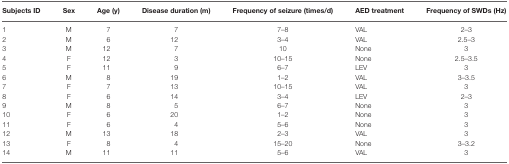
<table><thead><tr><td><b>Subjects ID</b></td><td><b>Sex</b></td><td><b>Age (y)</b></td><td><b>Disease duration (m)</b></td><td><b>Frequency of seizure (times/d)</b></td><td><b>AED treatment</b></td><td><b>Frequency of SWDs (Hz)</b></td></tr></thead><tbody><tr><td>1</td><td>M</td><td>7</td><td>7</td><td>7–8</td><td>VAL</td><td>2–3</td></tr><tr><td>2</td><td>M</td><td>6</td><td>12</td><td>3–4</td><td>VAL</td><td>2.5–3</td></tr><tr><td>3</td><td>M</td><td>12</td><td>7</td><td>10</td><td>None</td><td>3</td></tr><tr><td>4</td><td>F</td><td>12</td><td>3</td><td>10–15</td><td>None</td><td>2.5–3.5</td></tr><tr><td>5</td><td>F</td><td>11</td><td>9</td><td>6–7</td><td>LEV</td><td>3</td></tr><tr><td>6</td><td>M</td><td>8</td><td>19</td><td>1–2</td><td>VAL</td><td>3–3.5</td></tr><tr><td>7</td><td>F</td><td>7</td><td>13</td><td>10–15</td><td>VAL</td><td>3</td></tr><tr><td>8</td><td>F</td><td>6</td><td>14</td><td>3–4</td><td>LEV</td><td>2–3</td></tr><tr><td>9</td><td>M</td><td>8</td><td>5</td><td>6–7</td><td>None</td><td>3</td></tr><tr><td>10</td><td>F</td><td>6</td><td>20</td><td>1–2</td><td>None</td><td>3</td></tr><tr><td>11</td><td>F</td><td>6</td><td>4</td><td>5–6</td><td>None</td><td>3</td></tr><tr><td>12</td><td>M</td><td>13</td><td>18</td><td>2–3</td><td>VAL</td><td>3</td></tr><tr><td>13</td><td>F</td><td>8</td><td>4</td><td>15–20</td><td>None</td><td>3–3.2</td></tr><tr><td>14</td><td>M</td><td>11</td><td>11</td><td>5–6</td><td>VAL</td><td>3</td></tr></tbody></table>